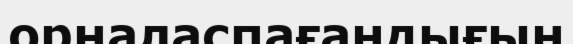
орналаспағандығын